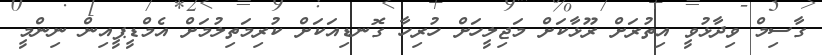
ގާސިމް ވިދާޅުވީ އިތުރަށް ރޫޅާކަށް މަޖިލީހަށް ހުރިހާ ގޮނޑިއަކަށް ކުރިމަތިލުމަށް އެމްޑީޕީއިން ނިންމީ